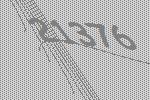
21376